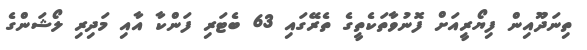
ތިނަދޫއިން ފިޔޯރީއަށް ފޮނުވާތަކެތީގެ ތެރޭގައި 63 ބެޓަރި ފަންކާ އާއި މަދިރި ލޯޝަންގެ